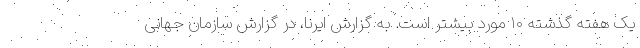
یک هفته گذشته ۱۰ مورد بیشتر است. به گزارش ایرنا، در گزارش سازمان جهانی